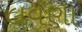
લવણા